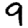
Digit: 9